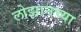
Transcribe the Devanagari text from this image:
लोझानच्या